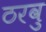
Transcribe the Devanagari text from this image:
ठरवु